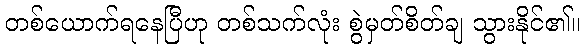
တစ်ယောက်ရနေပြီဟု တစ်သက်လုံး စွဲမှတ်စိတ်ချ သွားနိုင်၏။